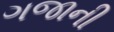
ગજાની